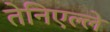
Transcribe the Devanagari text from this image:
तेनिएल्ले